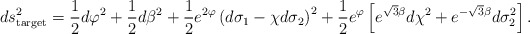
\begin{align*}ds^2_{\rm target} = \frac{1}{2} d\varphi^2 + \frac{1}{2} d\beta^2 +\frac{1}{2} e^{2\varphi} \left( d\sigma_1 -\chi d\sigma_2 \right)^2 +\frac{1}{2} e^{\varphi} \left[ e^{\sqrt{3} \beta} d\chi^2 +e^{-\sqrt{3} \beta} d\sigma_2^2 \right] .\end{align*}